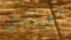
فورنيل